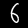
Label: 6